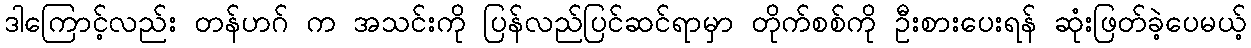
ဒါကြောင့်လည်း တန်ဟဂ် က အသင်းကို ပြန်လည်ပြင်ဆင်ရာမှာ တိုက်စစ်ကို ဦးစားပေးရန် ဆုံးဖြတ်ခဲ့ပေမယ့်